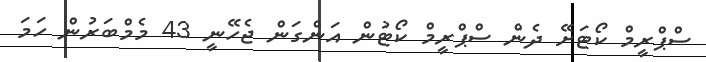
ސްޕްރީމް ކޯޓަށޭ ދެން ސްޕްރީމް ކޯޓުން އަންގަން ޖެހޭނީ 43 މެމްބަރުން ހަމަ